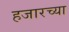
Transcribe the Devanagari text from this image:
हजारच्या